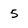
Character: 5